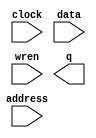
module IMAGE_RAM (
	address,
	clock,
	data,
	wren,
	q);

	input	[15:0]  address;
	input	  clock;
	input	[7:0]  data;
	input	  wren;
	output	[7:0]  q;
`ifndef ALTERA_RESERVED_QIS
// synopsys translate_off
`endif
	tri1	  clock;
`ifndef ALTERA_RESERVED_QIS
// synopsys translate_on
`endif

endmodule